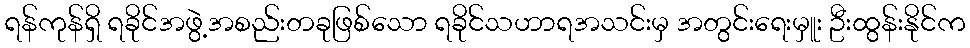
ရန်ကုန်ရှိ ရခိုင်အဖွဲ့အစည်းတခုဖြစ်သော ရခိုင်သဟာရအသင်းမှ အတွင်းရေးမှူး ဦးထွန်းနိုင်က